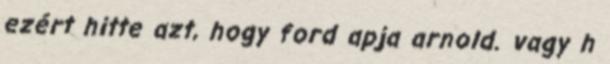
ezért hitte azt, hogy ford apja arnold. vagy h